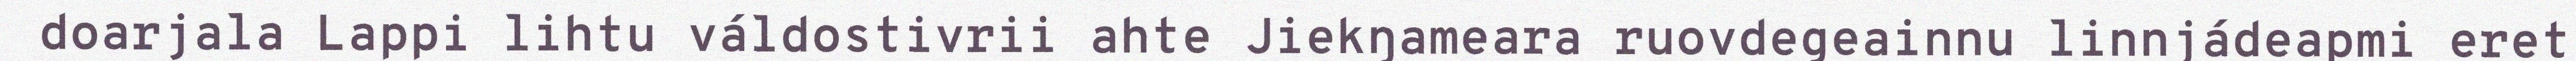
doarjala Lappi lihtu váldostivrii ahte Jiekŋameara ruovdegeainnu linnjádeapmi eret